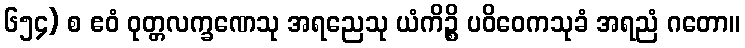
၆၅၄) စ ဧဝံ ဝုတ္တလက္ခဏေသု အရညေသု ယံကိဉ္စိ ပဝိဝေကသုခံ အရညံ ဂတော။